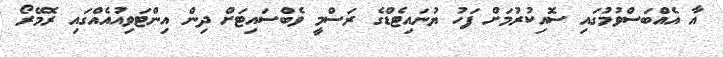
އާ އެއްބަސްވުމުގައި ސޮއިކުރުމަށް ފަހު ޔުނައިޓެޑްގެ ރަސްމީ ވެބްސައިޓަށް ދިން އިންޓަވިއުއެއްގައި ރޮމޭރޯ